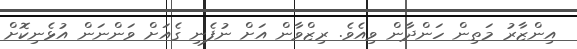
އިންޒާރު މަތިން ހަންދާން ވިއެވެ. ރިޒްވާން އަށް ނުފެނި ގެއަށް ވަންނަން އުޅެނިކޮށް